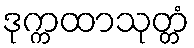
ဒုက္ကထာသုတ္တံ